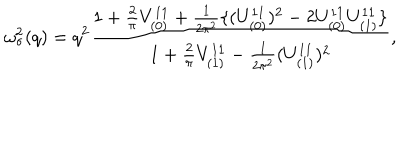
\omega _ { \sigma } ^ { 2 } ( q ) = q ^ { 2 } \frac { 1 + \frac { 2 } { \pi } V _ { ( 0 ) } ^ { 1 1 } + \frac { 1 } { 2 \pi ^ { 2 } } \{ ( U _ { ( 0 ) } ^ { 1 1 } ) ^ { 2 } - 2 U _ { ( 0 ) } ^ { 1 1 } U _ { ( 1 ) } ^ { 1 1 } \} } { 1 + \frac { 2 } { \pi } V _ { ( 1 ) } ^ { 1 1 } - \frac { 1 } { 2 \pi ^ { 2 } } ( U _ { ( 1 ) } ^ { 1 1 } ) ^ { 2 } } ,